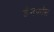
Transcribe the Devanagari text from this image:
डैनफॉस